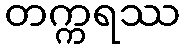
တက္ကရဿ